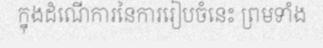
ក្នុងដំណើការនៃការរៀបចំនេះ ព្រមទាំង